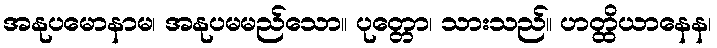
အနုပမောနာမ၊ အနုပမမည်သော။ ပုတ္တော၊ သားသည်။ ဟတ္ထိယာနေန၊